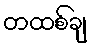
တထစ်ချ